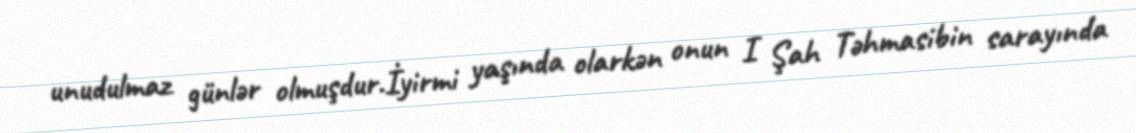
unudulmaz günlər olmuşdur.İyirmi yaşında olarkən onun I Şah Təhmasibin sarayında